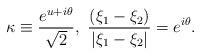
LaTeX: \begin{align*}\kappa \equiv \frac{e^{u + i \theta}}{\sqrt{2}}, \,\, \frac{(\xi_1- \xi_2)}{ | \xi_1 - \xi_2|}= e^{i \theta}. \end{align*}